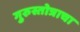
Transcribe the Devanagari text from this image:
गुरुस्तोत्राचा